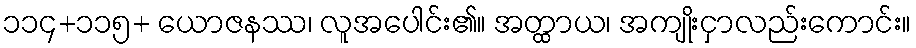
၁၁၄+၁၁၅+ ယောဇနဿ၊ လူအပေါင်း၏။ အတ္ထာယ၊ အကျိုးငှာလည်းကောင်း။